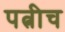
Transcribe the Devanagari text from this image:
पत्नीच